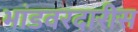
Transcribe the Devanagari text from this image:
भांडवरदारीस